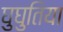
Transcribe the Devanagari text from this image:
घुघुतिया